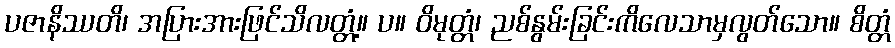
ပဇာနိဿတိ၊ အပြားအားဖြင်သိလတ္တံ့။ ပ။ ဝိမုတ္တံ၊ ညစ်နွမ်းခြင်းကိလေသာမှလွတ်သော။ စိတ္တံ